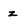
Character: z